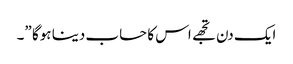
ایک دن تجھے اس کا حساب دینا ہوگا ”۔